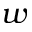
w